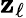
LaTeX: \mathbf{z}_{\ell}